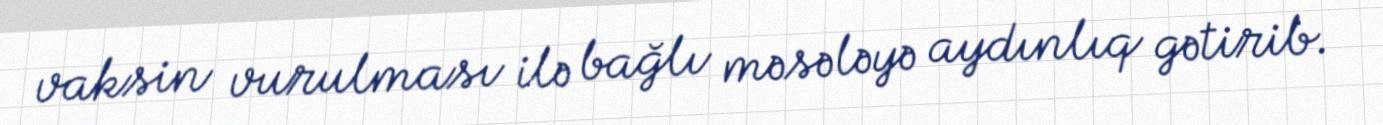
vaksin vurulması ilə bağlı məsələyə aydınlıq gətirib.